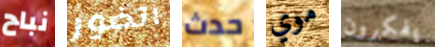
نباح اتضور حدث موي يفكرون